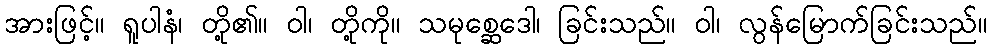
အားဖြင့်။ ရူပါနံ၊ တို့၏။ ဝါ၊ တို့ကို။ သမုစ္ဆေဒေါ၊ ခြင်းသည်။ ဝါ၊ လွန်မြောက်ခြင်းသည်။